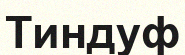
Тиндуф